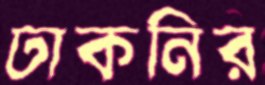
ঢাকনির